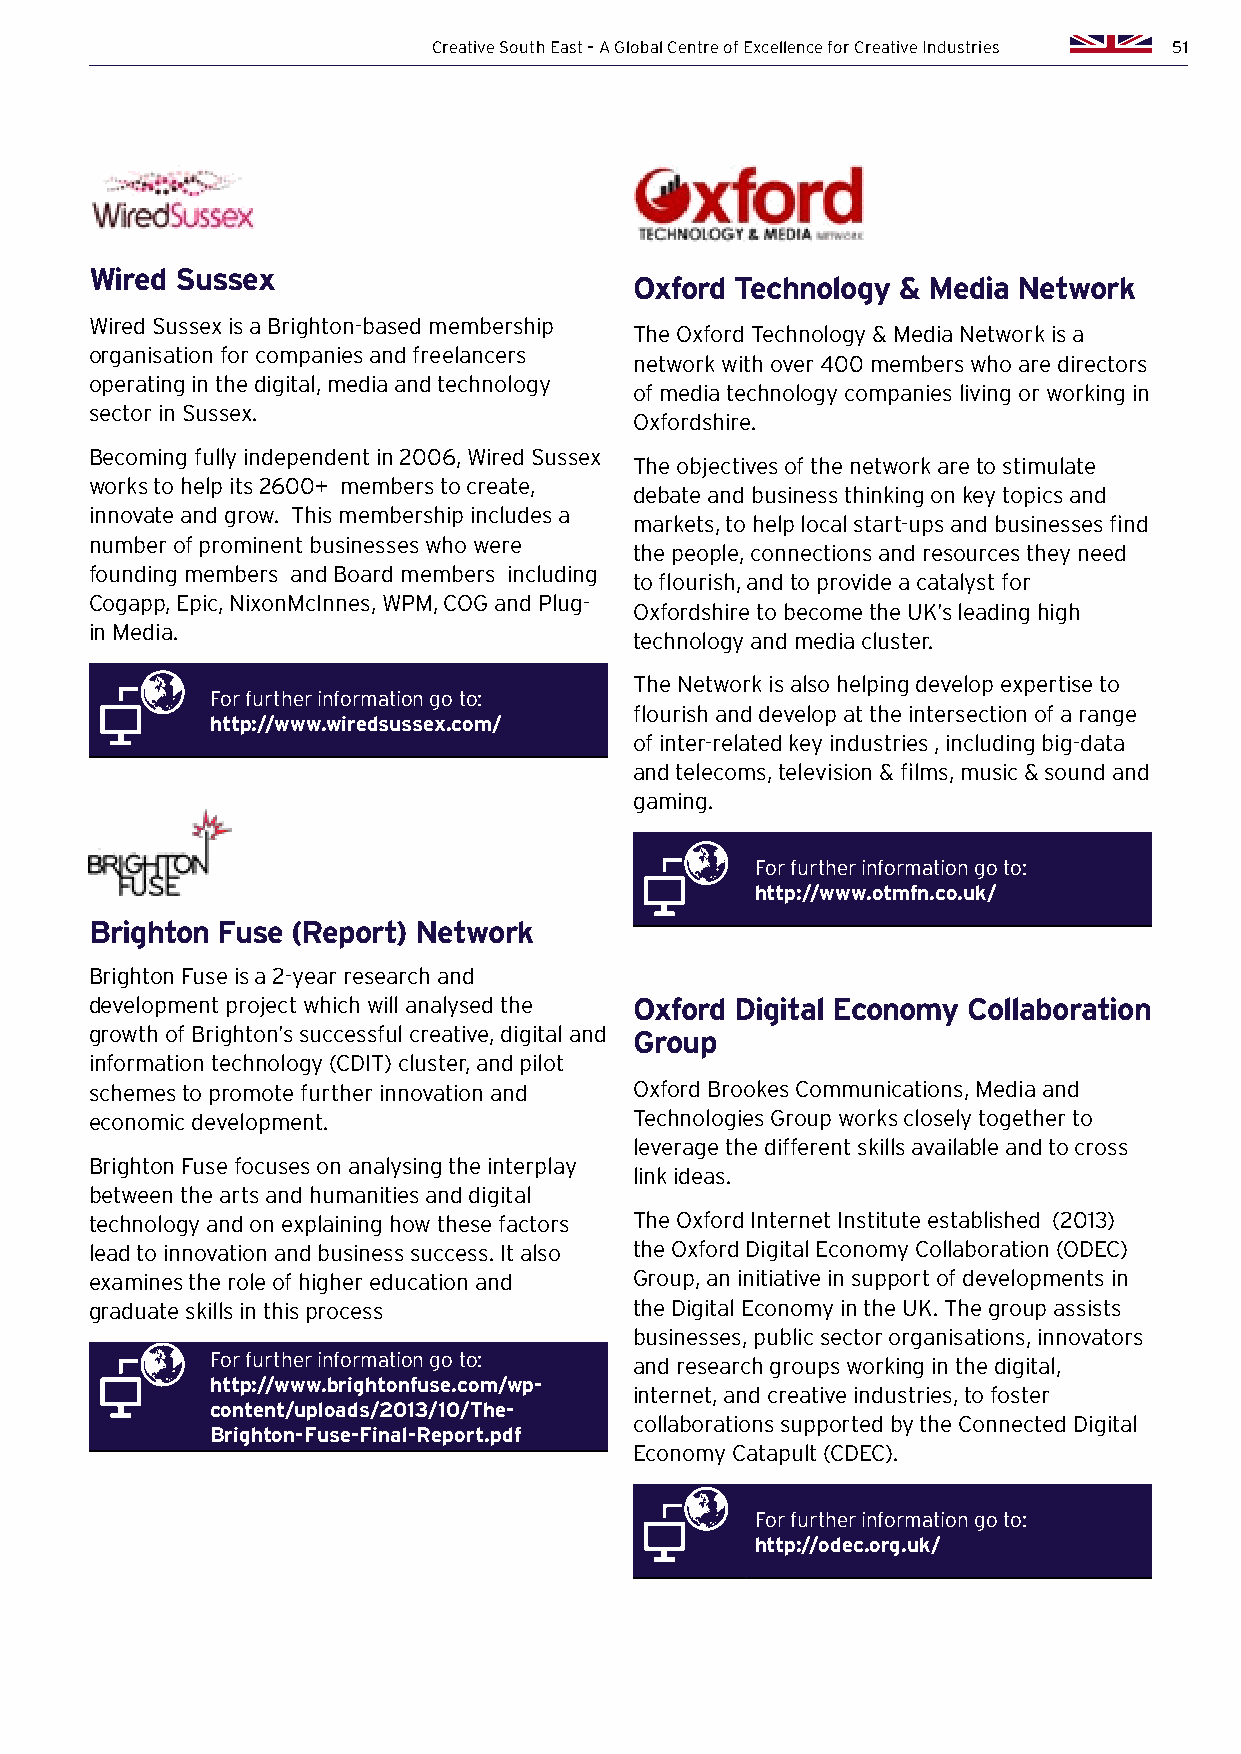
Creative South East – A Global Centre of Excellence for Creative Industries 51
 Wired Sussex
 Oxford Technology & Media Network
 Wired Sussex is a Brighton-based membership
 The Oxford Technology & Media Network is a
 organisation for companies and freelancers
 network with over 400 members who are directors
 operating in the digital, media and technology
 of media technology companies living or working in
 sector in Sussex.
 Oxfordshire.
 Becoming fully independent in 2006, Wired Sussex
 The objectives of the network are to stimulate
 works to help its 2600+ members to create,
 debate and business thinking on key topics and
 innovate and grow. This membership includes a
 markets, to help local start-ups and businesses find
 number of prominent businesses who were
 the people, connections and resources they need
 founding members and Board members including
 to flourish, and to provide a catalyst for
 Cogapp, Epic, NixonMcInnes, WPM, COG and Plug-
 Oxfordshire to become the UK’s leading high
 in Media.
 technology and media cluster.
 The Network is also helping develop expertise to
 For further information go to:
 flourish and develop at the intersection of a range
 http://www.wiredsussex.com/
 of inter-related key industries , including big-data
 and telecoms, television & films, music & sound and
 gaming.
 For further information go to:
 http://www.otmfn.co.uk/
 Brighton Fuse (Report) Network
 Brighton Fuse is a 2-year research and
 development project which will analysed the Oxford Digital Economy Collaboration
 growth of Brighton’s successful creative, digital and Group
 information technology (CDIT) cluster, and pilot
 schemes to promote further innovation and Oxford Brookes Communications, Media and
 economic development.               Technologies Group works closely together to
 leverage the different skills available and to cross
 Brighton Fuse focuses on analysing the interplay
 link ideas.
 between the arts and humanities and digital
 technology and on explaining how these factors The Oxford Internet Institute established (2013)
 lead to innovation and business success. It also the Oxford Digital Economy Collaboration (ODEC)
 examines the role of higher education and Group, an initiative in support of developments in
 graduate skills in this process     the Digital Economy in the UK. The group assists
 businesses, public sector organisations, innovators
 For further information go to: and research groups working in the digital,
 http://www.brightonfuse.com/wp-
 internet, and creative industries, to foster
 content/uploads/2013/10/The-
 collaborations supported by the Connected Digital
 Brighton-Fuse-Final-Report.pdf
 Economy Catapult (CDEC).
 For further information go to:
 http://odec.org.uk/